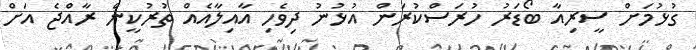
ގުޅުމަށް ސީރިއާ ބޯޑަރު ހުރަސްކުރަން އުޅުނު ދިވެހި އާއިލާއެއް ތުރުކީން ރާއްޖެ އަށް